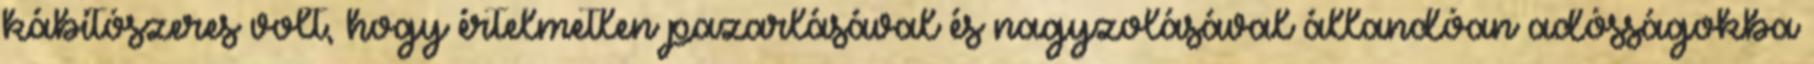
kábítószeres volt, hogy értelmetlen pazarlásával és nagyzolásával állandóan adósságokba